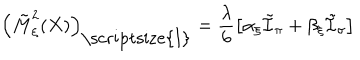
\left( \tilde { M } _ { \xi } ^ { 2 } ( X ) \right) _ { \mathrm { \scriptsize { I } } } = \frac { \lambda } { 6 } \left[ \alpha _ { \xi } \tilde { \cal I } _ { \pi } + \beta _ { \xi } \tilde { \cal I } _ { \sigma } \right]